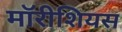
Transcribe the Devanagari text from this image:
मॉरीशियस